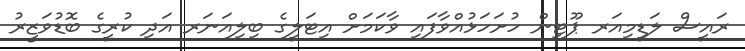
ރައީސް ލަޑީމިއަރ ޕޫޓިން ހުށަހަޅުއްވާފައި ވާކަމަށް އިޓަލީގެ ބިލިއަނަރ އަދި ކުރީގެ ބޮޑުވަޒީރު